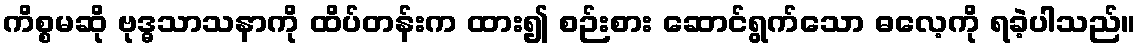
ကိစ္စမဆို ဗုဒ္ဓသာသနာကို ထိပ်တန်းက ထား၍ စဉ်းစား ဆောင်ရွက်သော ဓလေ့ကို ရခဲ့ပါသည်။